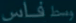
بساً فاس